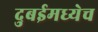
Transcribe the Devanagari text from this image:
दुबईमध्येच